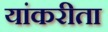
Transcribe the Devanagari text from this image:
यांकरीता